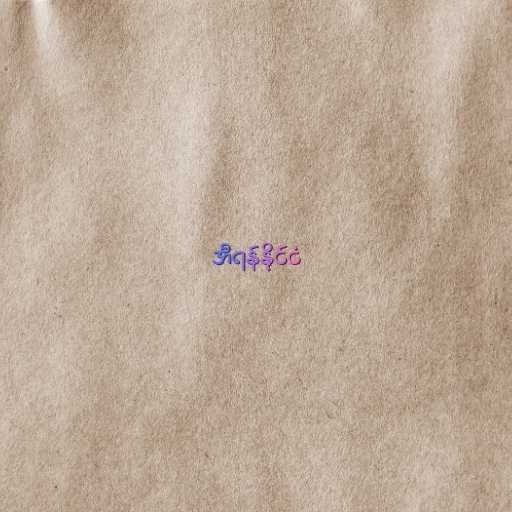
အီရန်နိုင်ငံ